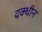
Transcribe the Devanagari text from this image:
दक्धीन